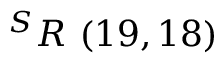
^ { S } R \ ( 1 9 , 1 8 )